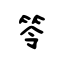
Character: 笭